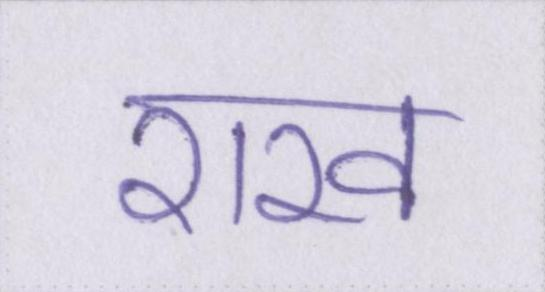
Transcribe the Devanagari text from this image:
राख